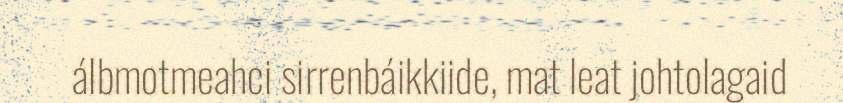
álbmotmeahci sirrenbáikkiide, mat leat johtolagaid